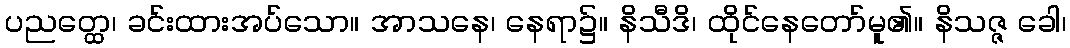
ပညတ္ထေ၊ ခင်းထားအပ်သော။ အာသနေ၊ နေရာ၌။ နိသီဒိ၊ ထိုင်နေတော်မူ၏။ နိသဇ္ဇ ခေါ၊